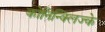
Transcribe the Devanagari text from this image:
कोनिन्क्लिज्के